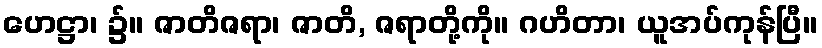
ဟေဋ္ဌာ၊ ၌။ ဇာတိဇရာ၊ ဇာတိ, ဇရာတို့ကို။ ဂဟိတာ၊ ယူအပ်ကုန်ပြီ။